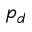
p _ { d }